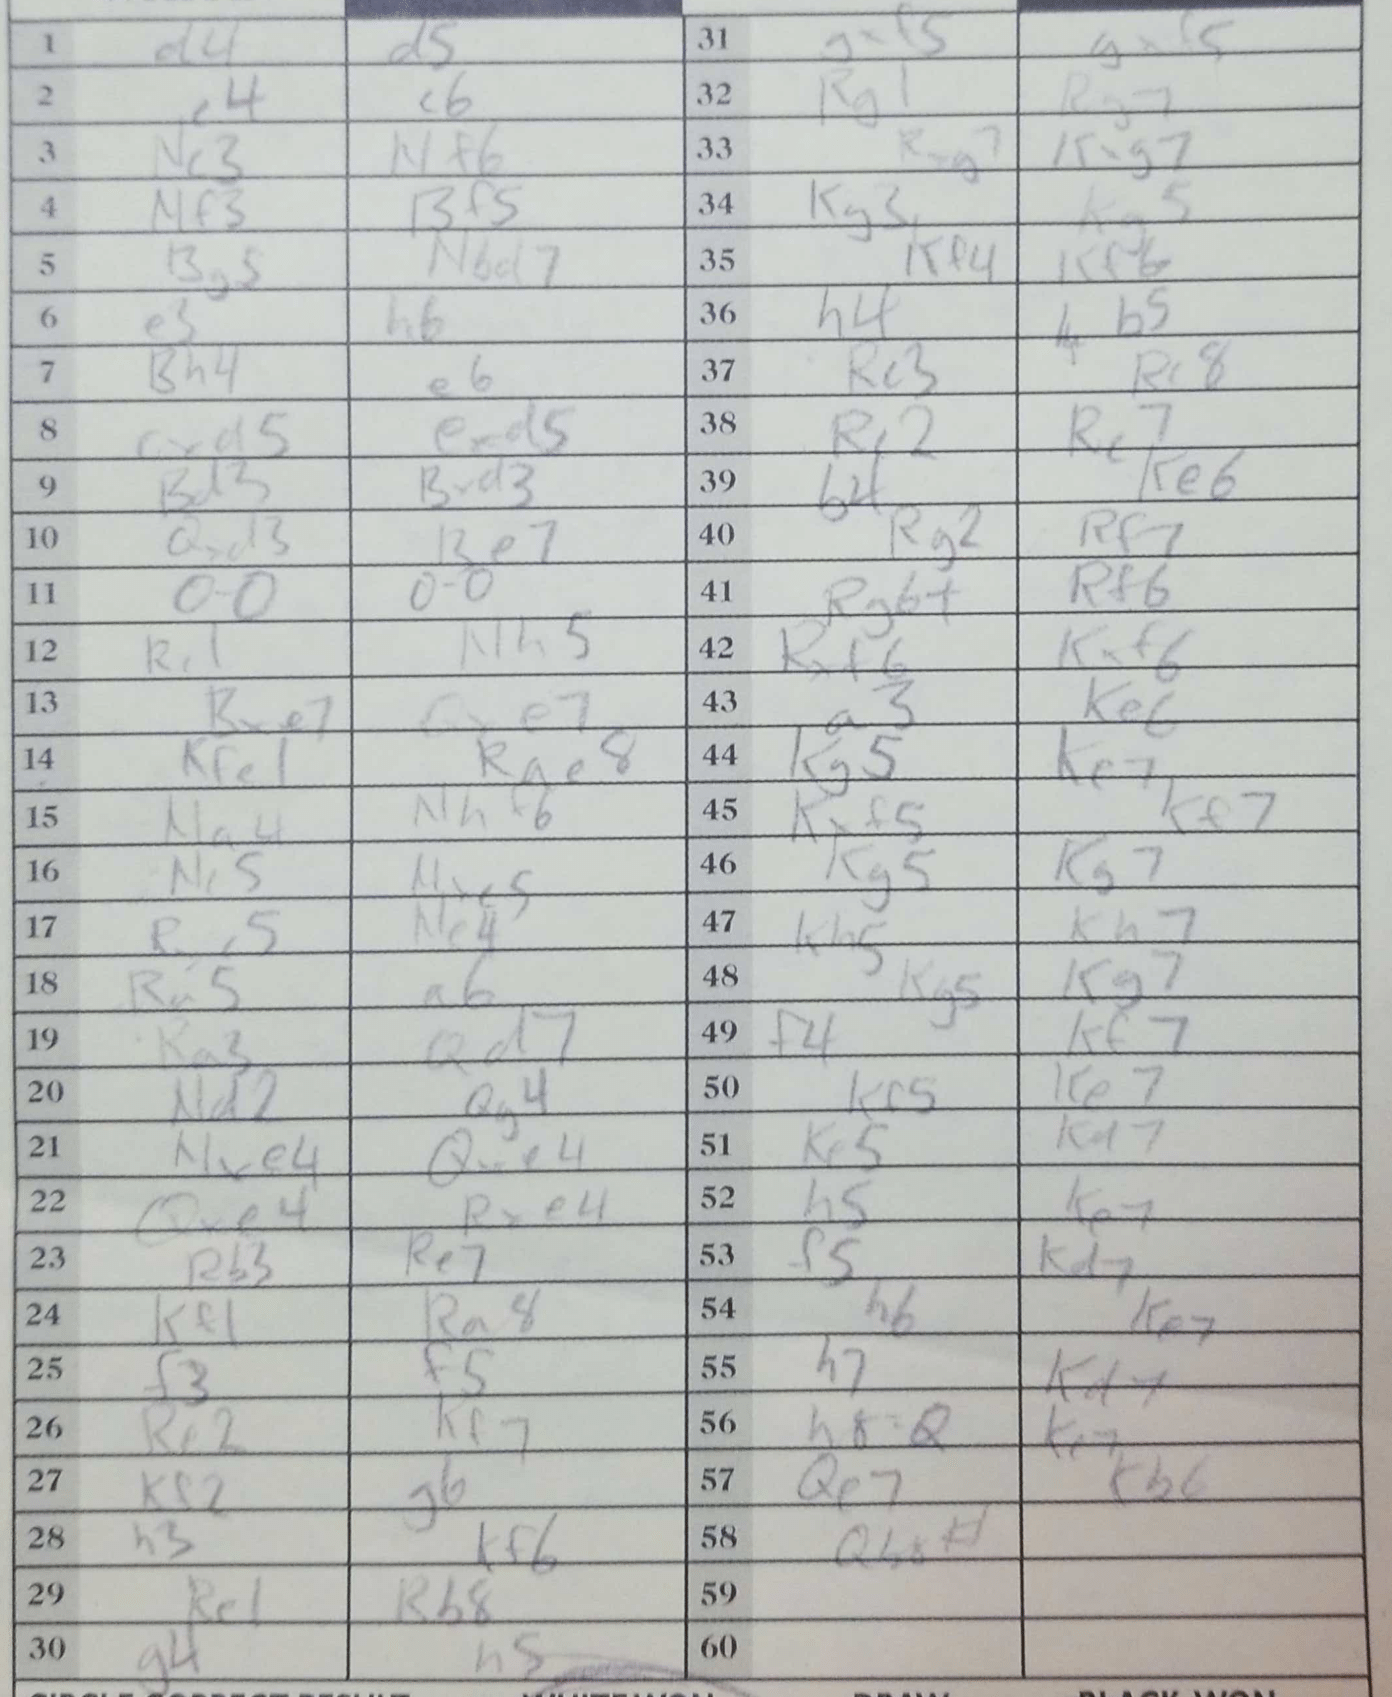
Moves: d4 d5 e4 c6 Nc3 Nf6 Nf3 Bf5 Bg5 Nbd7 e3 h6 Bh4 e6 cxd5 exd5 Bd3 Bxd3 Qxd3 Re7 O-O O-O Rc1 Nh5 Bxe7 Qxe7 Kfe1 Rae8 Na4 Nhf6 Nc5 Nxc5 Rxc5 Ne4 Ra5 a6 Ra3 Qd7 Nd2 Qg4 Nxe4 Qxe4 Qxe4 Rxe4 Rb3 Re7 Kf1 Ra8 f3 f5 Re2 Kf7 Kf2 g6 h3 Kf6 Re1 Rb8 g4 h5 gxf5 gxf5 Rg1 Rg7 Rxg7 Kxg7 Kg3 Kg5 Kf4 Kf6 h4 b5 Rc3 Rc8 Re2 Rc7 b4 Re6 Rg2 Rf7 Rg6+ Rf6 Rxf6 Kxf6 a3 Ke6 Kg5 Ke7 Kxf5 Ke7 Kg5 Kg7 Kh5 Kh7 Kg5 Kg7 f4 Kf7 Kf5 Ke7 Ke5 Kd7 h5 Ke7 f5 Kd7 h6 Ke7 h7 Kd7 h8=Q Ke7 Qe7 Kb6 Qb8#